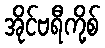
အိုင်ဗရီကို့စ်